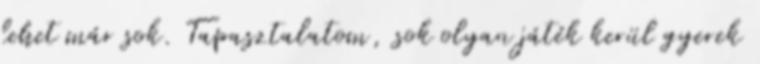
lehet már sok. Tapasztalatom, sok olyan játék kerül gyerek